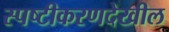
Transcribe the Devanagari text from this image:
स्पष्टीकरणदेखील